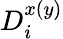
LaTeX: D_{i}^{x(y)}